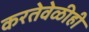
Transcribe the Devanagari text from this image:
करतेवेळीही